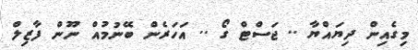
މިގެއިން ދިޔައްޔާ .. ޖަސްޓް ގޯ .. އަހަރެން ބޭނުމުއް ނޫން ފާޒިލް